Report of the Municipal Commissioner on the plague in Bombay for the year ending 31st May... - Volume 2
Disease focus: Plague
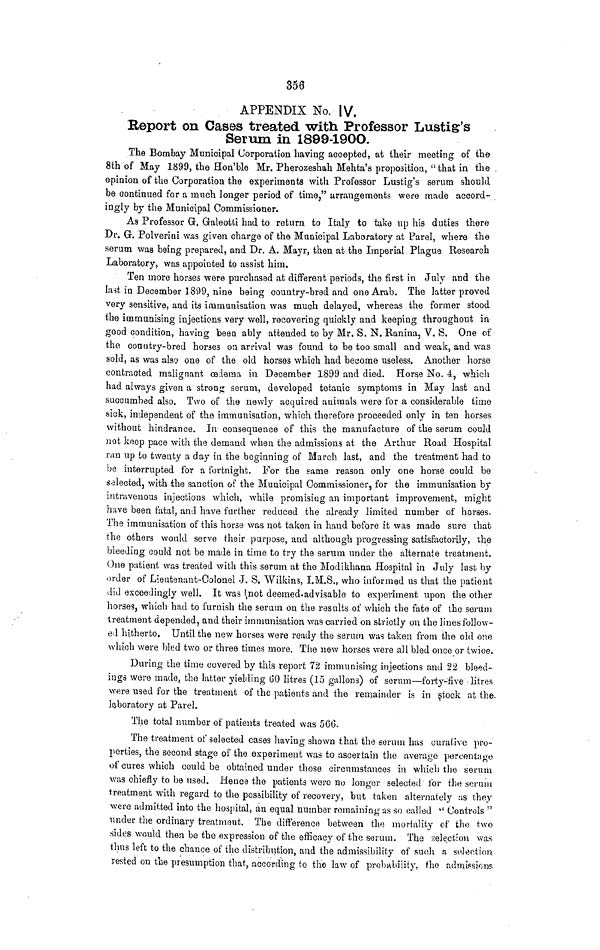
356
APPENDIX No. IV.
Report on Cases treated with Professor Lustig's
Serum in 1899-1900.
The Bombay Municipal Corporation having accepted, at their meeting of the
8th of May 1899, the Hon'ble Mr. Pherozeshah Mehta's proposition, " that in the .
opinion of the Corporation the experiments with Professor Lustig's serum should
be continued, for a much longer period of time," arrangements were made accord-
ingly by the Municipal Commissioner.
As Professor G. Galeotti had to return to Italy to take up his duties there
Dr. G. Polverini was given charge of the Municipal Laboratory at Parel, where the
serum was being prepared, and Dr. A. Mayr, then at the Imperial Plague Research
Laboratory, was appointed to assist him.
Ten more horses were purchased at different periods, the first in July and the
last in December 1899, nine being country-bred and one Arab. The latter proved
very sensitive, and its immunisation was much delayed, whereas the former stood
the immunising injections very well, recovering quickly and keeping throughout in
good condition, having been ably attended to by Mr. S. N. Ranina, V. S. One of
the country-bred horses on arrival was found to be too small and weak, and was
sold, as was also one of the old horses which had become useless. Another horse
contracted malignant oedema in December 1899 and died. Horse No. 4, which
had always given a strong serum, developed tetanic symptoms in May last and
succumbed also. Two of the newly acquired animals were for a considerable time
sick, independent of the immunisation, which therefore proceeded only in ten horses
without hindrance. In consequence of this the manufacture of the serum could
not keep pace with the demand when the admissions at the Arthur Road Hospital
ran up to twenty a day in the beginning of March last, and the treatment had to
be interrupted for a fortnight. For the same reason only one horse could be
selected, with the sanction of the Municipal Commissioner, for the immunisation by
intravenous injections which, while promising an important improvement, might
have been fatal, and have further reduced the already limited number of horses.
The immunisation of this horse was not taken in hand before it was made sure that
the others would serve their purpose, and although progressing satisfactorily, the
bleeding could not be made in time to try the serum under the alternate treatment.
One patient was treated with this serum at the Modikhana Hospital in July last by
order of Lieutenant-Colonel J. S. Wilkins, I.M.S., who informed us that the patient
did exceedingly well. It was not deemed advisable to experiment upon the other
horses, which had to furnish the serum on the results of which the fate of the serum
treatment depended, and their immunisation was carried on strictly on the lines follow-
ed hitherto. Until the new horses were ready the serum was taken from the old one
which were bled two or three times more. The new horses were all bled once or twice.
During the time covered by this report 72 immunising injections and 22 bleed-
ings were made, the latter yielding 60 litres (15 gallons) of serum—forty-five litres
were used for the treatment of the patients and the remainder is in stock at the
laboratory at Parel.
The total number of patients treated was 566.
The treatment of selected cases having shown that the serum has curative pro-
perties, the second stage of the experiment was to ascertain the average percentage
of cures which could be obtained under those circumstances in which the serum
was chiefly to be used. Hence the patients were no longer selected for the serum
treatment with regard to the possibility of recovery, but taken alternately us they
were admitted into the hospital, an equal number remaining us so called " Controls "
under the ordinary treatment. The difference between the mortality of the two
sides would then be the expression of the efficacy of the serum. The selection was
thus left to the chance of the distribution, and the admissibility of such n selection
rested on the presumption that, according to the law of probability, the admissions